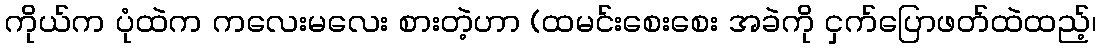
ကိုယ်က ပုံထဲက ကလေးမလေး စားတဲ့ဟာ (ထမင်းစေးစေး အခဲကို ငှက်ပြောဖတ်ထဲထည့်၊